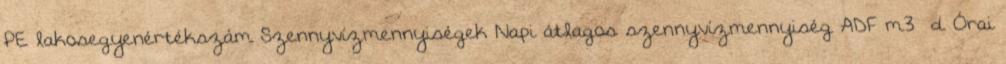
PE lakosegyenértékszám Szennyvízmennyiségek Napi átlagos szennyvízmennyiség ADF m3 d Órai